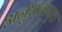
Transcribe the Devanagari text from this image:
अनुभवामृत्त